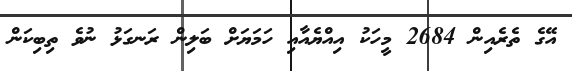
އޭގެ ތެރެއިން 2684 މީހަކު އިއްޔެއާއި ހަމަޔަށް ބަލިން ރަނގަޅު ނުވެ ތިބިކަން